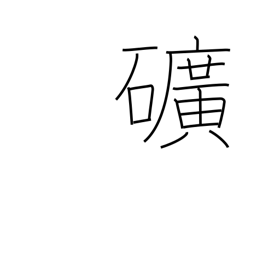
Meaning: mine